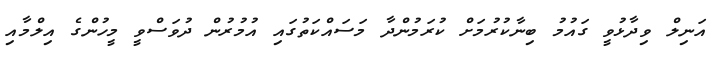
އަނިލް ވިދާޅުވީ ގައުމު ބިނާކުރުމަށް ކުރަމުންދާ މަސައްކަތުގައި އުމުރުން ދުވަސްވީ މީހުންގެ އިލްމާއި